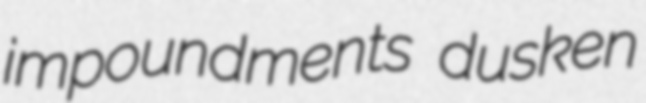
impoundments dusken